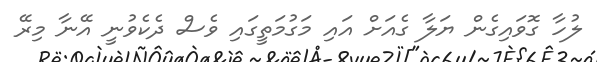
ލުހާ ގޮވައިގެން ޔަލާ ގެއަށް އައި މަގުމަތީގައި ވެސް ދެކެވުނީ އޭނާ މިރޭ